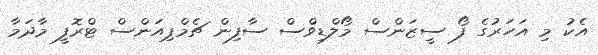
އެކު މި އަހަރުގެ ފޯ ސީޒަންސް މޯލްޑިވްސް ސާފިން ޗެމްޕިއަންސް ޓްރޮފީ މާދަމާ